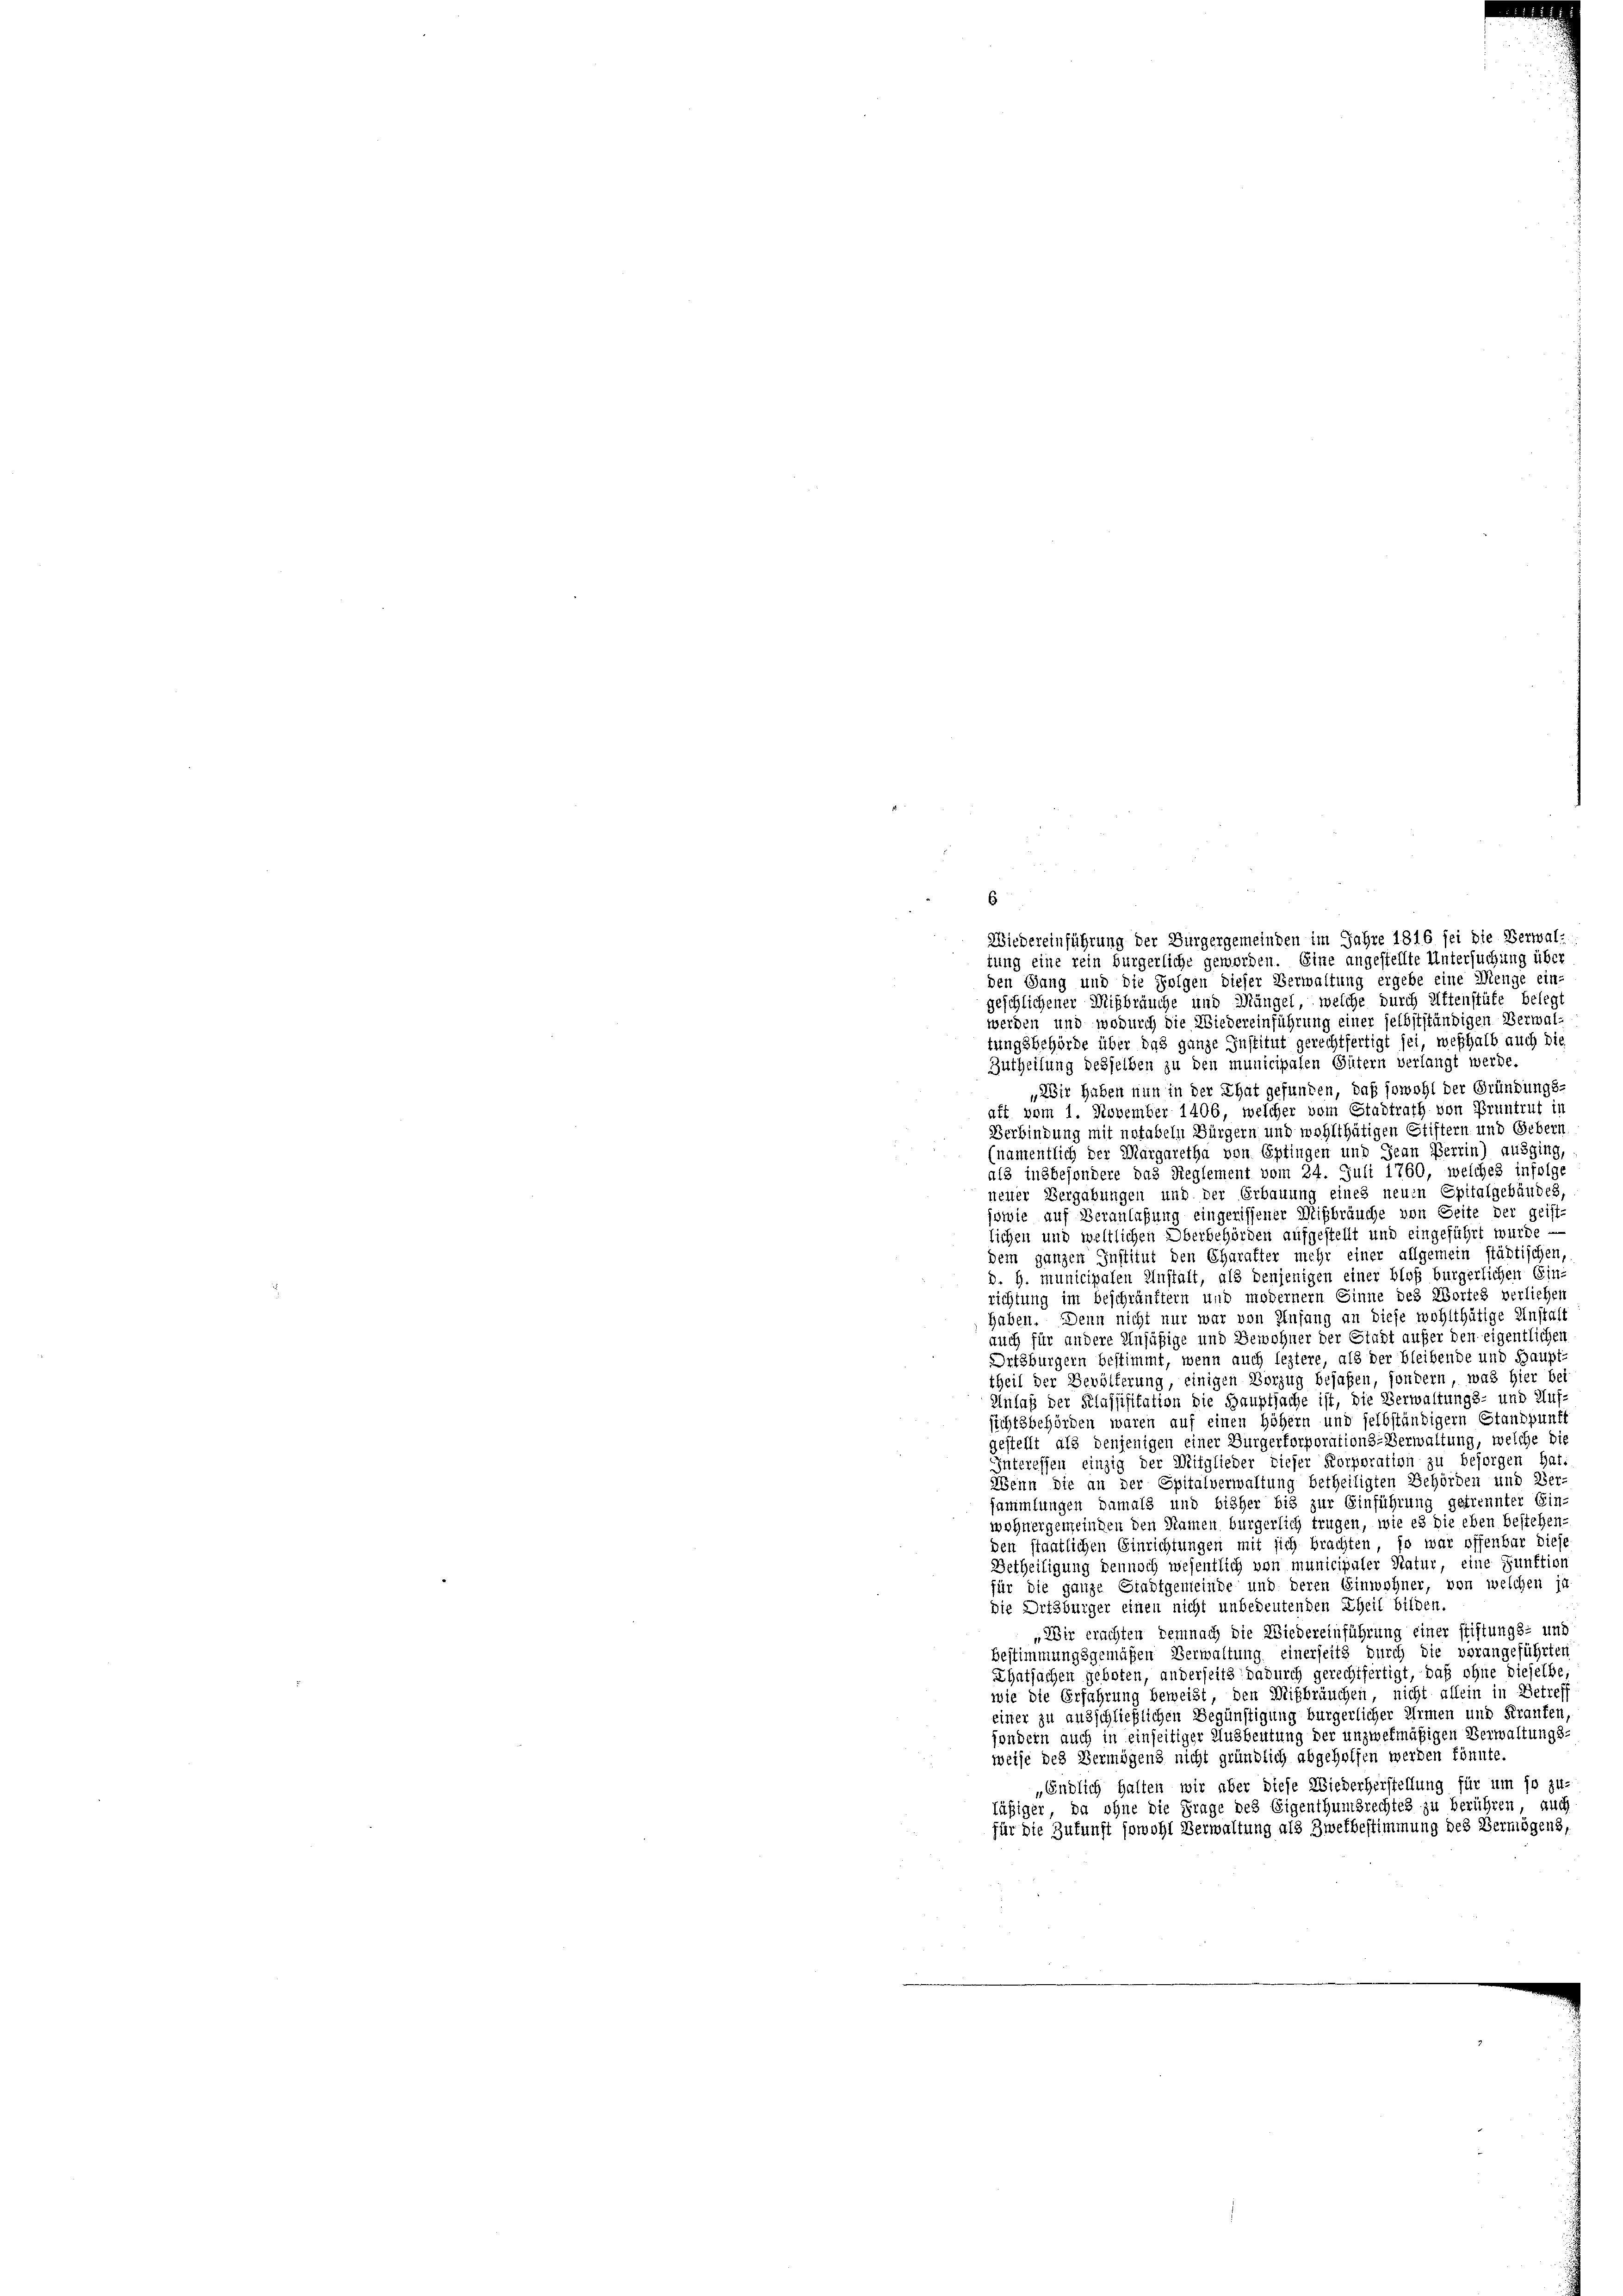
Wiedereinführung der Bürgergemeinden im Jahre 1816 sei die Verwal-
tung eine rein bürgerliche geworden. Eine angestellte Untersuchung über
den Gang und die Folgen dieser Verwaltung ergebe eine Menge ein-
geschlichener Mißbräuche und Mängel, welche durch Attenstüfe beleg
werden und wodurch die Wiedereinführung einer selbstständigen Verwal-
tungsbehörde über das ganze Institut gerechtfertigt sei, weßhalb auch die
Zutheilung desselben zu den municipalen Gütern verlangt werde.
„Wir haben nun in der That gefunden, daß sowohl der Gründungs-
aft vom 1. November 1406, welcher vom Stadtrath von Pruntrut in
Verbindung mit notabeln Bürgern und wohlthätigen Stiftern und Gebern
(namentlich der Margaretha von Optingen und Jean Perrin) ausging,
als insbesondere das Reglement vom 24. Juli 1760, welches infolge
neuer Vergabungen und der Erbauung eines neuen Spitalgebäudes,
sowie auf Veranlaßung eingerissener Mißbräuche von Seite der geist-
lichen und weltlichen Oberbehörden aufgestellt und eingeführt wurde
dem ganzen Institut den Charakter mehr einer allgemein städtischen
d. H. Municipalen Anstalt, als denjenigen einer bloß bürgerlichen Ein-
richtung im beschränkter und moderner Einne des Wortes verliehen
haben. Denn nicht nur war von Infang an diese wohlthätige Anstalt
auch für andere Unfähige und Bewohner der Stadt außer den eigentlichen
Ortsbürgern bestimmt, wenn auch leztere, als der bleibende und Baupf
theil der Bevölferung, einigen Vorzug bejahen, sondern, was hier bei
Anlaß der Klassisitation die Hauptsache ist, die Verwaltungs- und Auf-
sichtsbehörden waren auf einen höhern und selbständigern Standpunf
gestellt als denjenigen einer Durgerkorporations-Verwaltung, welche die
Interessen einzig der Mitglieder tiefer Korporation zu besorgen hat.
Wenn die an der Spitalverwaltung betheiligten Behörden und Ver-
sammlungen damals und bisher bis zur Einführung getrennter Ein-
wohnergemeinden den Namen bürgerlich trugen, wie es die eben bestehen-
den staatlichen Einrichtungen mit sich brachten, so war offenbar diese
Betheiligung dennoch wesentlich von municipaler Natur, eine Funktion
für die ganze Stadtgemeinde und deren Einwohner, von welchen ja
die Ortsbürger einen nicht unbedeutenden Theil bilden.
„Wir erachten Demnach die Wiedereinführung einer stiftungs- und
Bestimmungsgemäßen Verwaltung einerseits durch die vorangeführten
Thatsachen geboten, anderseits dadurch gerechtfertigt, daß ohne dieselbe
wie die Erfahrung beweist, den Mißbräuchen, nicht allein in Betref
einer zu ausschließlichen Begünstigung bürgerlicher Armen und Franten
sondern auch in einseitiger Ausbeutung der unzwekmäßigen Verwaltungs-
weise des Vermögens nicht gründlich abgeholfen werden könnte
„Endlich halten wir aber diese Wiederherstellung für um so zu-
füßiger, da ohne die Frage des Eigenthumsrechtes zu berühren, auch
für die Zukunft sowohl Verwaltung als Zwekbestimmung des Vermögens,

6